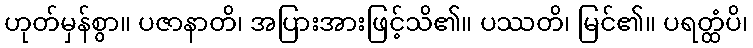
ဟုတ်မှန်စွာ။ ပဇာနာတိ၊ အပြားအားဖြင့်သိ၏။ ပဿတိ၊ မြင်၏။ ပရတ္ထံပိ၊